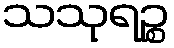
သသုရဉ္စ